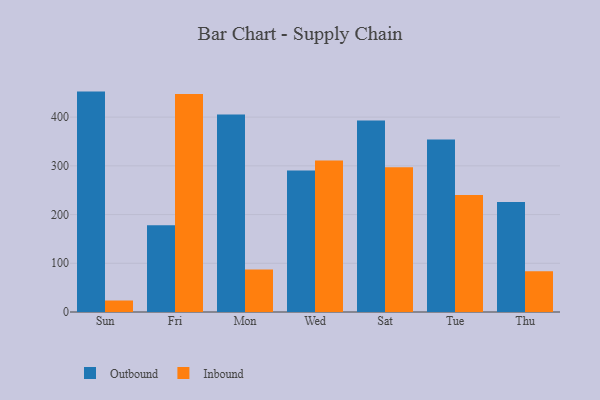
{"axis": {"x": "Day", "y": "Bounce Rate (%)"}, "legend": ["Inbound", "Outbound"], "data": [{"x": "Sun", "y": 452.4, "type": "Outbound"}, {"x": "Sun", "y": 23.6, "type": "Inbound"}, {"x": "Fri", "y": 178.2, "type": "Outbound"}, {"x": "Fri", "y": 447.7, "type": "Inbound"}, {"x": "Mon", "y": 405.5, "type": "Outbound"}, {"x": "Mon", "y": 87.1, "type": "Inbound"}, {"x": "Wed", "y": 290.6, "type": "Outbound"}, {"x": "Wed", "y": 310.8, "type": "Inbound"}, {"x": "Sat", "y": 393.1, "type": "Outbound"}, {"x": "Sat", "y": 297.1, "type": "Inbound"}, {"x": "Tue", "y": 353.9, "type": "Outbound"}, {"x": "Tue", "y": 240.0, "type": "Inbound"}, {"x": "Thu", "y": 226.0, "type": "Outbound"}, {"x": "Thu", "y": 83.7, "type": "Inbound"}]}